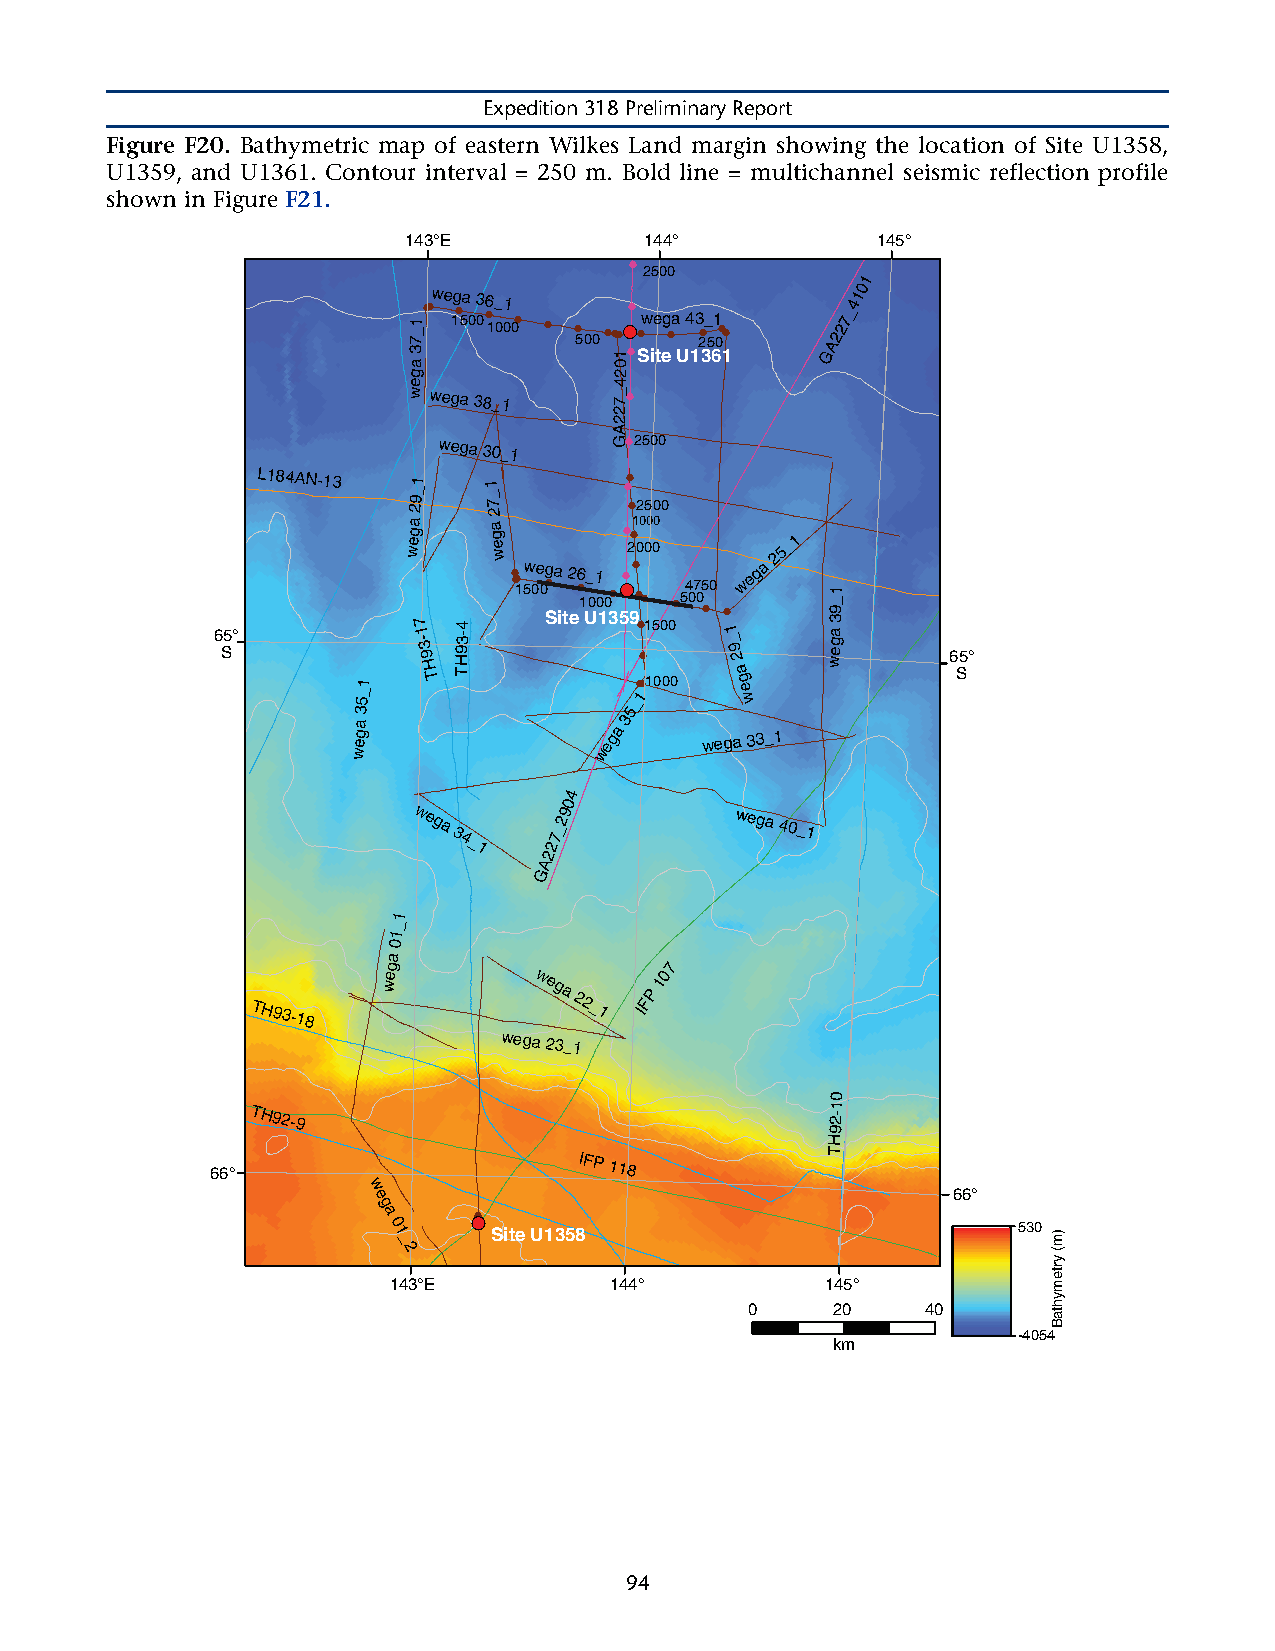
Expedition 318 Preliminary Report
 Figure F20. Bathymetric map of eastern Wilkes Land margin showing the location of Site U1358,
 U1359, and U1361. Contour interval = 250 m. Bold line = multichannel seismic reflection profile
 shown in Figure F21.
 143°E           144°           145°
 ●2500
 1
 wega 36_1                  410
 7_1●● ●1500●
 100●0 ●
 ●500●●●●●● ●we ●ga 4 ●3 2_ 5●1
 ●0
 A227_
 a
 3             01●Site U1361 G
 g             2
 e             4
 wwega
 38_1
 7_
 ●
 2
 2
 A
 wega 30_1  G●2500
 6 S5°
 L184AN-13
 5_1
 wega
 29_1
 7 1
 -3
 9
 H T
 TH93-4
 1
 _
 7 2 a
 g
 e
 w
 ● ●●●1w 50e ●0g Sa
 i
 t2 e●6
 1
 U_ 01
 0 1●0●
 3●●●●
 5●
 ●
 ●2
 ●
 ●9
 ●
 ●
 _●1 ●02 10
 0
 15 10
 0
 50 0 000
 0●
 0
 054 07 ●050
 ●
 1
 _
 9 2
 a g e
 wwega
 25_1
 wega
 39_1
 6 S5°
 3                 5
 ega              ega
 3
 wega 33_1
 w                w
 4
 0
 wega
 34_1
 227_29       wega
 40_1
 A
 G
 1
 _
 1
 0
 a
 g                  7
 TH93-18
 we        wega
 22_1
 IFP
 10
 wega 23_1
 0
 TH92-9                                 2-1
 9
 H
 66°
 IFP
 118
 T
 w e                                    66°
 g
 a 0 1 ●●● Site U1358                      530
 _
 2
 143°E         144°           145°
 0    20    40
 -4054
 km
 94
 )m(
 yrtemyhtaB